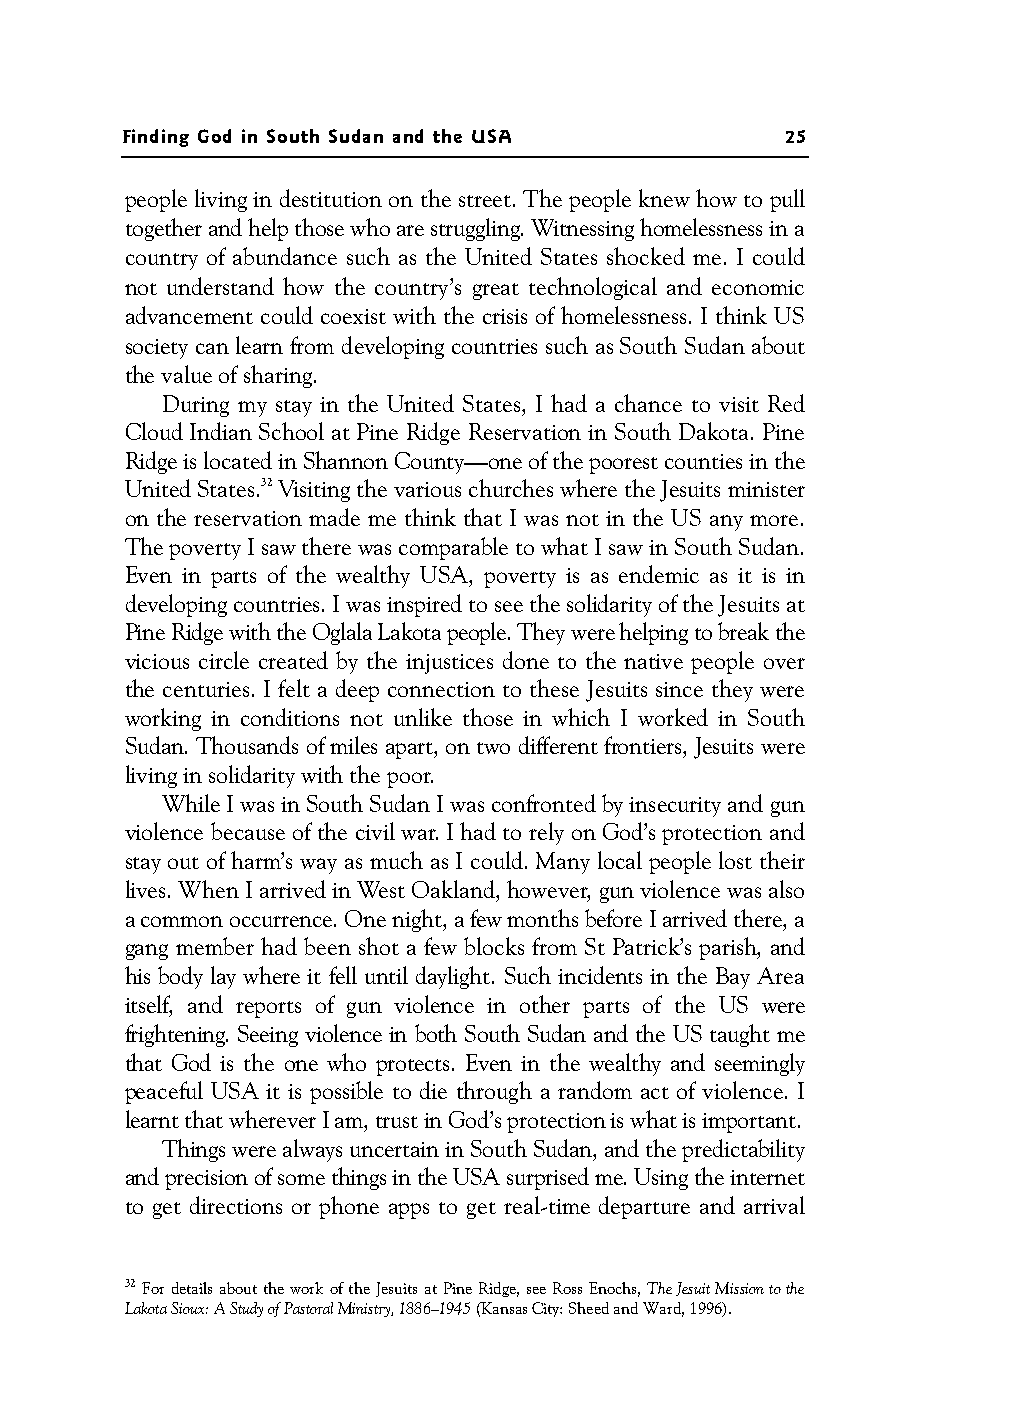
Finding God in South Sudan and the USA      25
 people living in destitution on the street. The people knew how to pull
 together and help those who are struggling. Witnessing homelessness in a
 country of abundance such as the United States shocked me. I could
 not understand how the country’s great technological and economic
 advancement could coexist with the crisis of homelessness. I think US
 society can learn from developing countries such as South Sudan about
 the value of sharing.
 During my stay in the United States, I had a chance to visit Red
 Cloud Indian School at Pine Ridge Reservation in South Dakota. Pine
 RidgeislocatedinShannonCounty—oneofthepoorestcountiesinthe
 United States.32 Visiting the various churches where the Jesuits minister
 on the reservation made me think that I was not in the US any more.
 The poverty I saw there was comparable to what I saw in South Sudan.
 Even in parts of the wealthy USA, poverty is as endemic as it is in
 developing countries. I was inspired to see the solidarity of the Jesuits at
 Pine Ridge with the Oglala Lakota people. They were helping to break the
 vicious circle created by the injustices done to the native people over
 the centuries. I felt a deep connection to these Jesuits since they were
 working in conditions not unlike those in which I worked in South
 Sudan. Thousands of miles apart, on two different frontiers, Jesuits were
 living in solidarity with the poor.
 While I was in South Sudan I was confronted by insecurity and gun
 violence because of the civil war. I had to rely on God’s protection and
 stay out of harm’s way as much as I could. Many local people lost their
 lives. When I arrived in West Oakland, however, gun violence was also
 a common occurrence. One night, a few months before I arrived there, a
 gang member had been shot a few blocks from St Patrick’s parish, and
 his body lay where it fell until daylight. Such incidents in the Bay Area
 itself, and reports of gun violence in other parts of the US were
 frightening. Seeing violence in both South Sudan and the US taught me
 that God is the one who protects. Even in the wealthy and seemingly
 peaceful USA it is possible to die through a random act of violence. I
 learnt that wherever I am, trust in God’s protection is what is important.
 ThingswerealwaysuncertaininSouthSudan,andthepredictability
 and precision of some things in the USA surprised me. Using the internet
 to get directions or phone apps to get real-time departure and arrival
 32 For details about the work of the Jesuits at Pine Ridge, see Ross Enochs, The Jesuit Mission to the
 Lakota Sioux: A Study of Pastoral Ministry, 1886–1945 (Kansas City: Sheed and Ward, 1996).